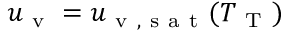
u _ { \mathrm { ~ v ~ } } = u _ { \mathrm { ~ v ~ , ~ s ~ a ~ t ~ } } ( T _ { \mathrm { ~ T ~ } } )